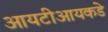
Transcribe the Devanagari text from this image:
आयटीआयकडे